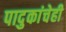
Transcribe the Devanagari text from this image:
पादुकांचेही